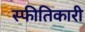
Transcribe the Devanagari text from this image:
स्फीतिकारी